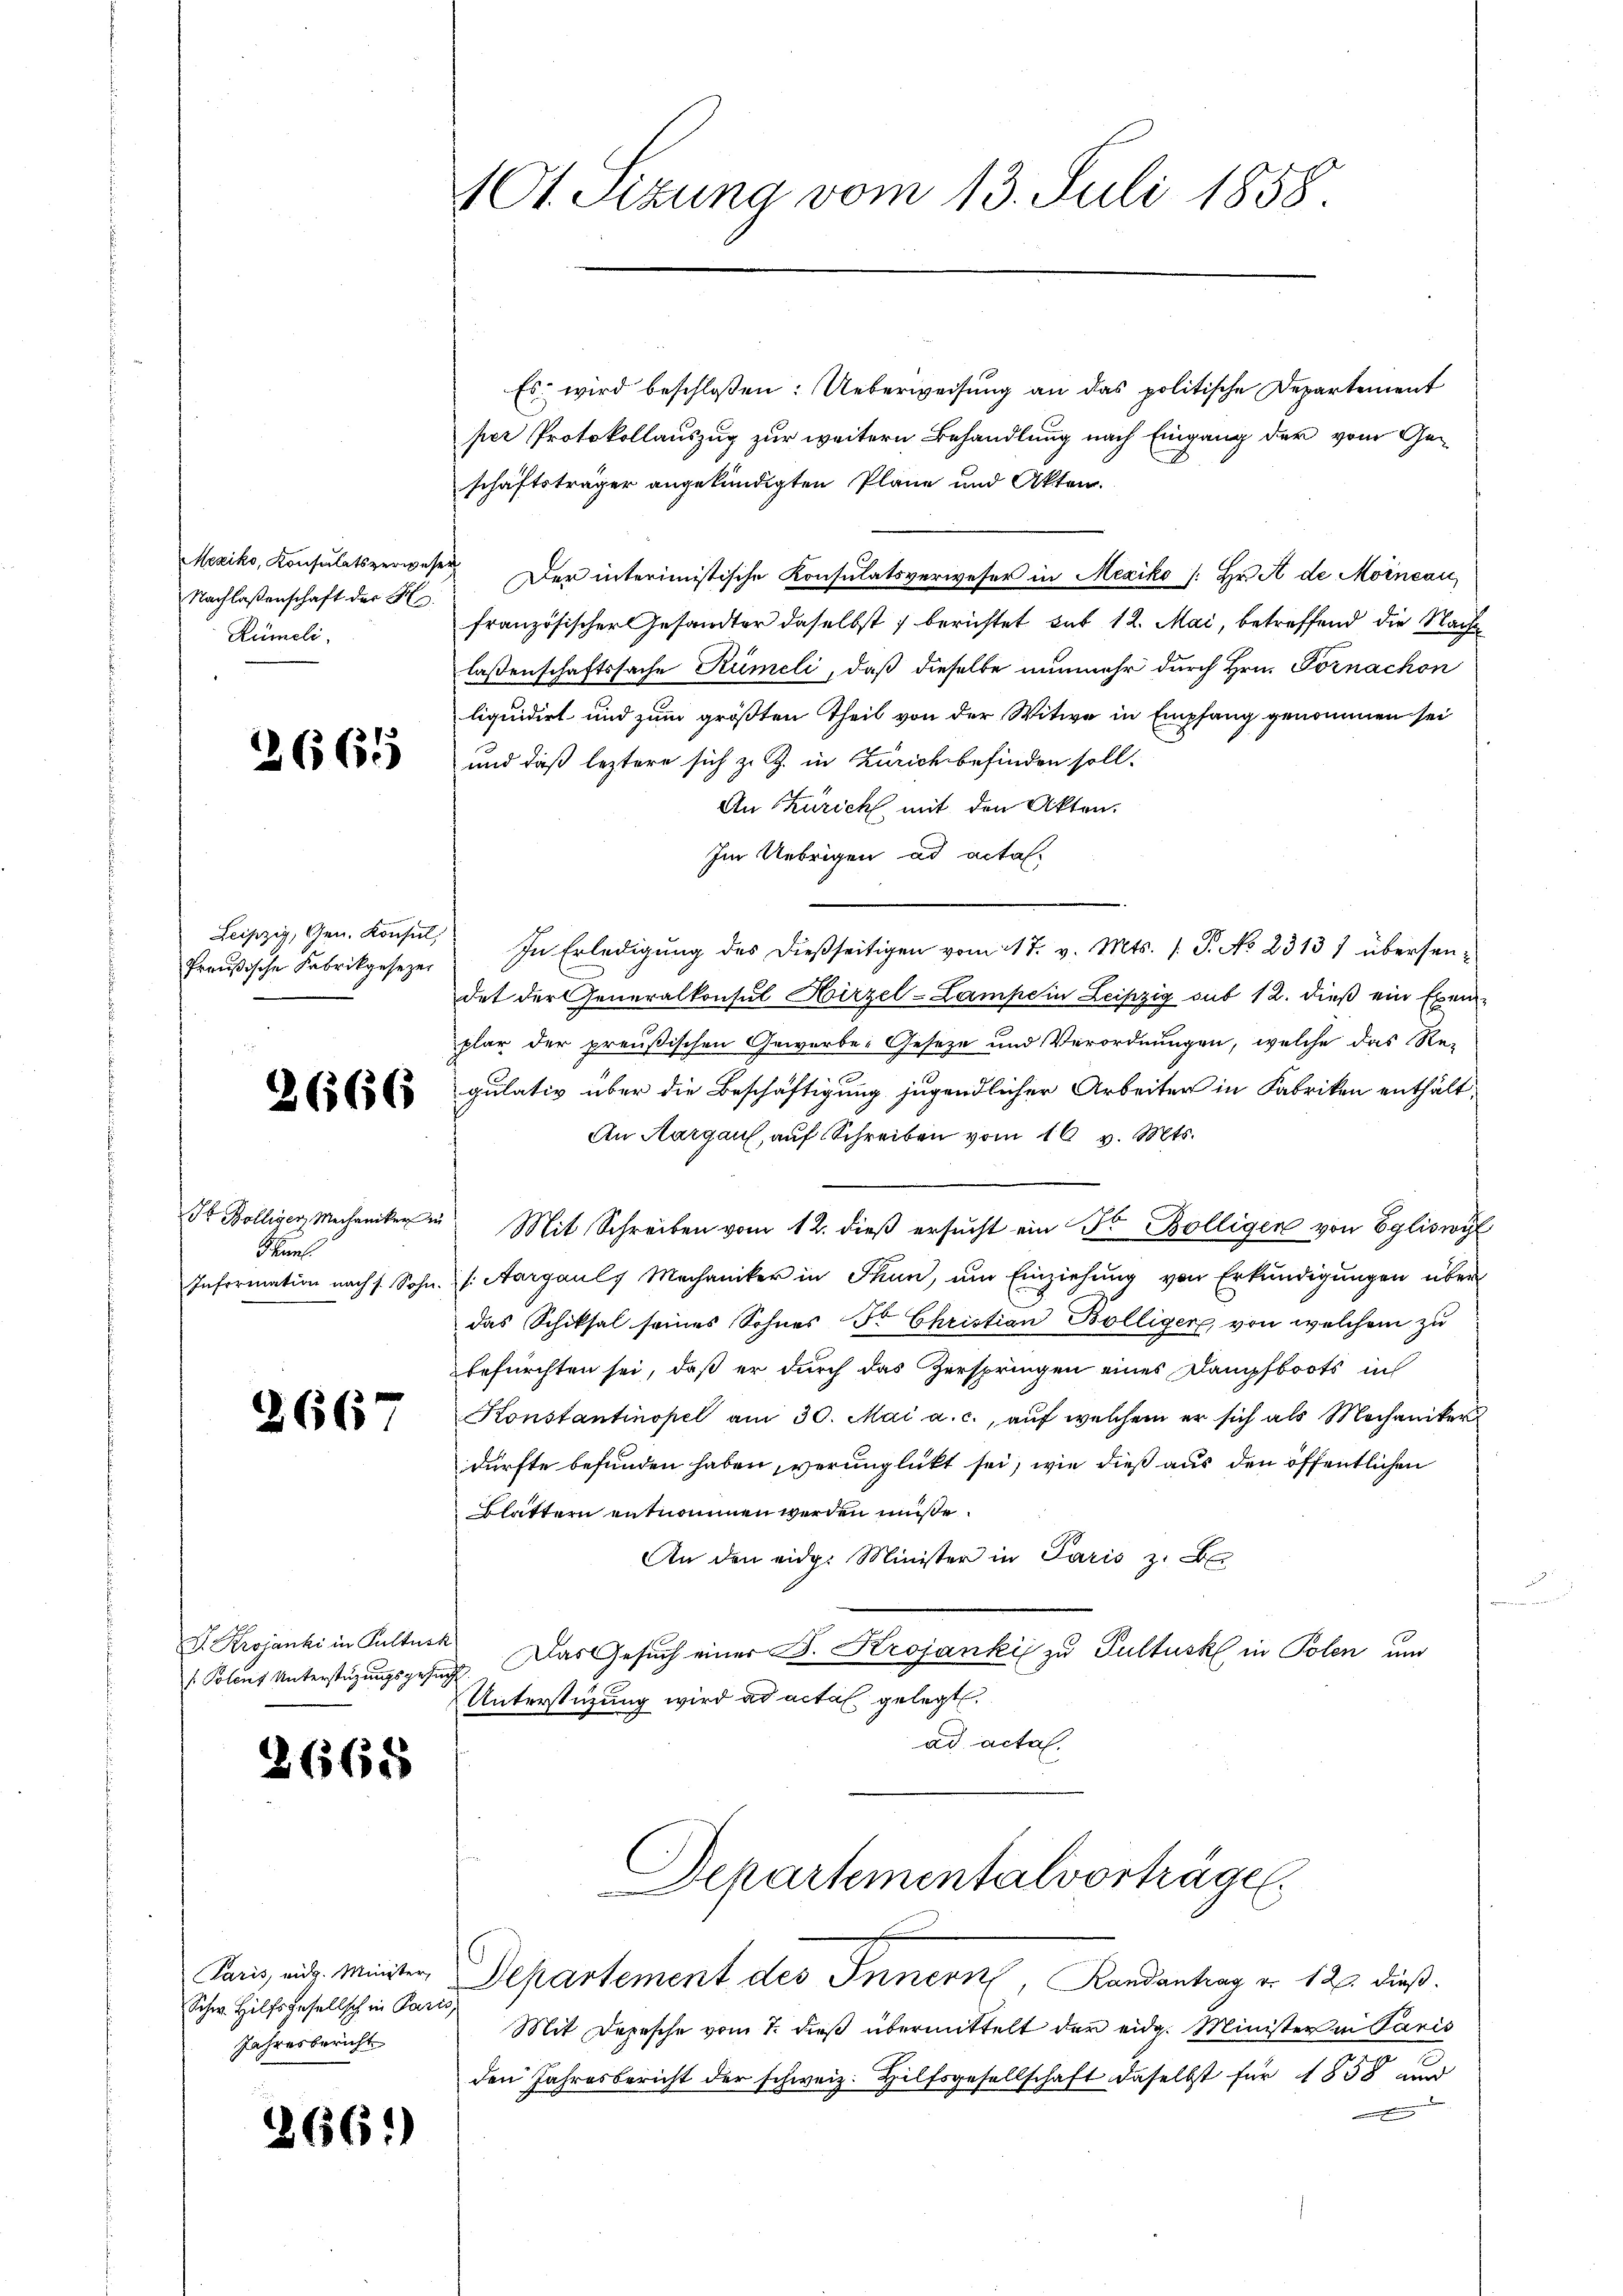
Nachlaßenschaft der H
Rümeli

2665

Preußische Fabrikgesezes

St Bolliger, Mechaniker
Kuns
Information nach s. Sohn

2666

2667

F. Krojanki in Kulturk
Polenz Unterstüzungsgesuch

36685

Schw. Hilfsgesellsch in Paris
Jahresbericht

2661)

101. Sizung vom 13. Juli 1858.

Es wird beschlossen: Ueberweisung an das politische Departement
per Protokollauszug zur weitern Behandlung nach Eingang der vom Geschäftsträger angekündigten Pläne und Akten.
Mexiko, Konsulatsverwesen. Der interimistische Konsulatsverweser in Mexiko /: Hr. A de Moincan
französischer Gesandter daselbst berichtet sub 12. Mai, betreffend die Nach
lassenschaftssache Rümeli, daß dieselbe nunmehr durch Hrn. Tornachon
liquidirt und zum größten Theil von der Witwe in Empfang genommen sei
und daß leztere sich zu Z. in Zürich befinden soll.
An Zürich mit den Akten.
Im Uebrigen ad acta
Leipzig, Gen. Konsŭl. In Erledigŭng des dießseitigen vom 17. v. Mts. 1. P. No 23137 übersendet der Generalkonsul Hirzel-Lampein Leipzig sub 12. dieß ein Exemplar der preußischen Gewerbe-Geseze und Verordnungen, welche das Re-
gulativ über die Beschäftigung jugendlicher Arbeiter in Fabriken enthält
An Aargau, auf Schreiben vom 16 v. Mts.
Des
Mit Schreiben vom 12. dieß ersucht ein Dr Bolliger von Egliswyl
u. s. Aargauls Mechaniker in Thun, um Einziehung von Erkundigungen über
das Schiksal seines Sohnes Fr. Christian Bolliger, von welchem zu
befürchten sei, daß er durch das Zerspringen eines Dampfboots in
Konstantinopel am 30. Mai a. c., auf welchem er sich als Mechaniker
dürfte befunden haben, verunglückt sei, wie dieß aus den öffentlichen
Blättern entnommen werden müße.
An den eidg. Minister in Paris z. B
Das Gesuch einer B. Krojankis zu Pultuskl in Polen und
Unterstüzung wird ad acta gelegt.
ad acta.
Departementalvorträge.
Paris, aus Minister, Departement des Innern, Landantrag v. 12. dieß.
Mit Depesche vom 7. dieß übermittelt der eidg. Minister in Paris
den Jahresbericht der schweiz. Hilfsgesellschaft daselbst für 1858 und
.